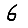
Digit: 6